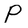
Character: P